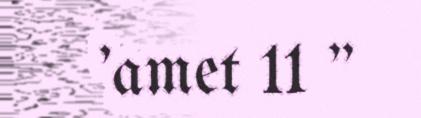
'amet 11 "